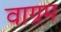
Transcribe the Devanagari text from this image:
वाग्रम